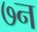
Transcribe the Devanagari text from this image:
७न